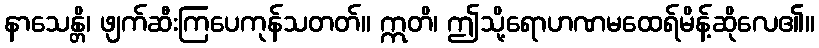
နာသေန္တိ၊ ဖျက်ဆီးကြပေကုန်သတတ်။ ဣတိ၊ ဤသို့ရောဟဏမထေရ်မိန့်ဆိုလေ၏။